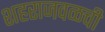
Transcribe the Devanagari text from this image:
शहराजवळची